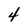
Character: 4